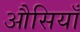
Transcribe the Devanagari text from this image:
औसियाँ